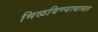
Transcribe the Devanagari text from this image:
मिळविण्याबाबत